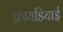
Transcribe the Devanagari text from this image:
फ्रायडियाई